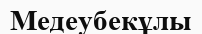
Медеубекұлы